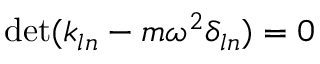
\operatorname* { d e t } ( k _ { l n } - m \omega ^ { 2 } \delta _ { l n } ) = 0